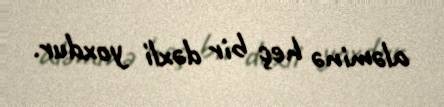
aləminə heç bir dəxli yoxdur.